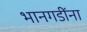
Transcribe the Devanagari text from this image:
भानगडींना